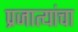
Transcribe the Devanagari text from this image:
प्रजात्यांचा